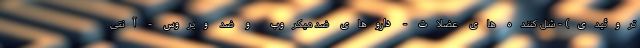
تروئیدی) - شل کننده های عضلات - داروهای ضد میکروب و ضد ویروس - آنتی